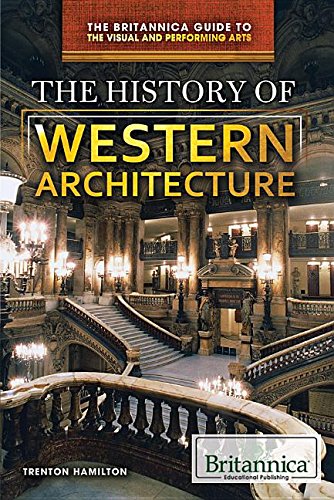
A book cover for The History of Western Architecture (The Britannica Guide to the Visual and Performing Arts); Teen & Young Adult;